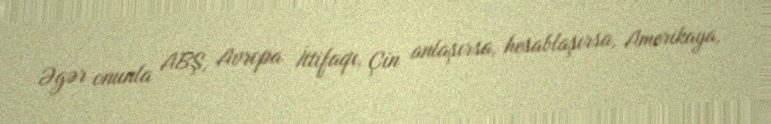
Əgər onunla ABŞ, Avropa İttifaqı, Çin anlaşırsa, hesablaşırsa, Amerikaya,